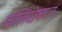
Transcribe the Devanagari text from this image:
कलिदोषघ्नं